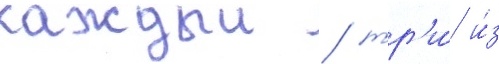
каждыи / тр'и́ и́з